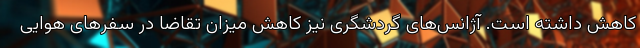
کاهش داشته است. آژانس‌های گردشگری نیز کاهش میزان تقاضا در سفرهای هوایی